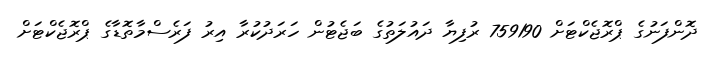
ދޮންފަނުގެ ޕްރޮޖެކްޓަށް 759190 ރުފިޔާ ދައުލަތުގެ ބަޖެޓުން ހަރަދުކުރާ އިރު ފަރެސްމާތޮޑާގެ ޕްރޮޖެކްޓަށް